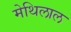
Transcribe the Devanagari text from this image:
मेथिलाल